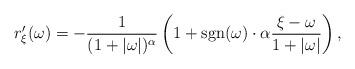
LaTeX: \begin{align*}r^{\prime}_{\xi}(\omega) = -\frac{1}{(1 + |\omega |)^{\alpha}}\left( 1 + \mbox{sgn}(\omega)\cdot \alpha \frac{\xi - \omega}{1 + |\omega |} \right),\end{align*}